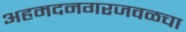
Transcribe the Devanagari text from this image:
अहमदनगरजवळचा